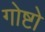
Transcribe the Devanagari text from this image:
गोष्टो